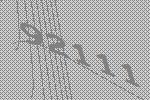
92111